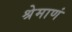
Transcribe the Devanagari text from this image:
श्रेमाणं